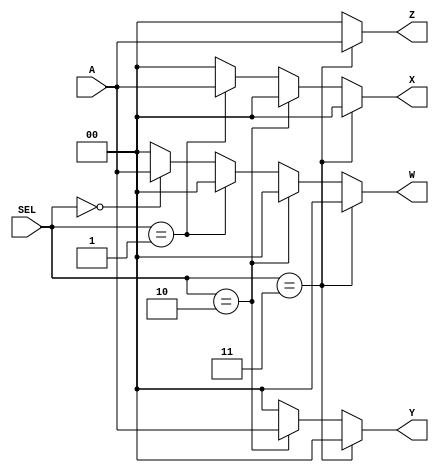
//!DO NOT MODIFY MODULE NAME AND PORT NAME!
module demultiplexer(
    input [1:0]A,
    input [1:0]SEL,
    output [1:0]W,
    output [1:0]X,
    output [1:0]Y,
    output [1:0]Z
    );
    
//YOUR CODE HERE
reg [1:0]w = 0;  //register variable "w" to be 0
assign W=w;  //assign W to varible "w"
reg [1:0]x = 0;
assign X=x;
reg [1:0]y = 0; 
assign Y=y;  
reg [1:0]z = 0;
assign Z=z;

always@(A,SEL) begin  //while there's inputs A or SEL begin loop
    
    if (SEL==2'b00) begin
        w=A;
        {x,y,z}=0;
    end
    else begin
        w=0;
    end
    
    if (SEL==2'b01) begin
        x=A;
        {w,y,z}=0;
    end
    else begin
        x=0;
    end
    
    if (SEL==2'b10) begin
        y=A;
        {w,x,z}=0;
    end
    else begin
        y=0;
    end
    
     if (SEL==2'b11) begin
        z=A;
        {w,x,y}=0;
    end
    else begin
        z=0;
    end

/*begin
assign w = (SEL==2'b00)? A : 2'b00;
assign x = (SEL==2'b01)? A : 2'b00;
assign w = (SEL==2'b00)? A : 2'b00;
assign w = (SEL==2'b00)? A : 2'b00;
end*/

end
endmodule